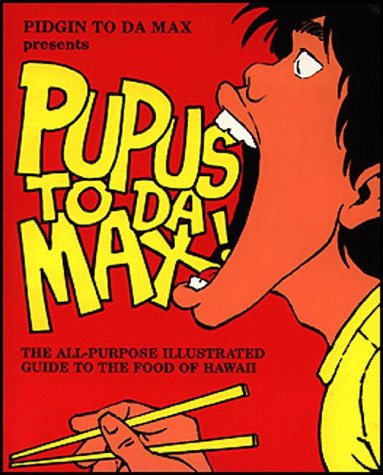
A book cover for Pupus to da Max; Pat Sasaki; Cookbooks, Food & Wine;